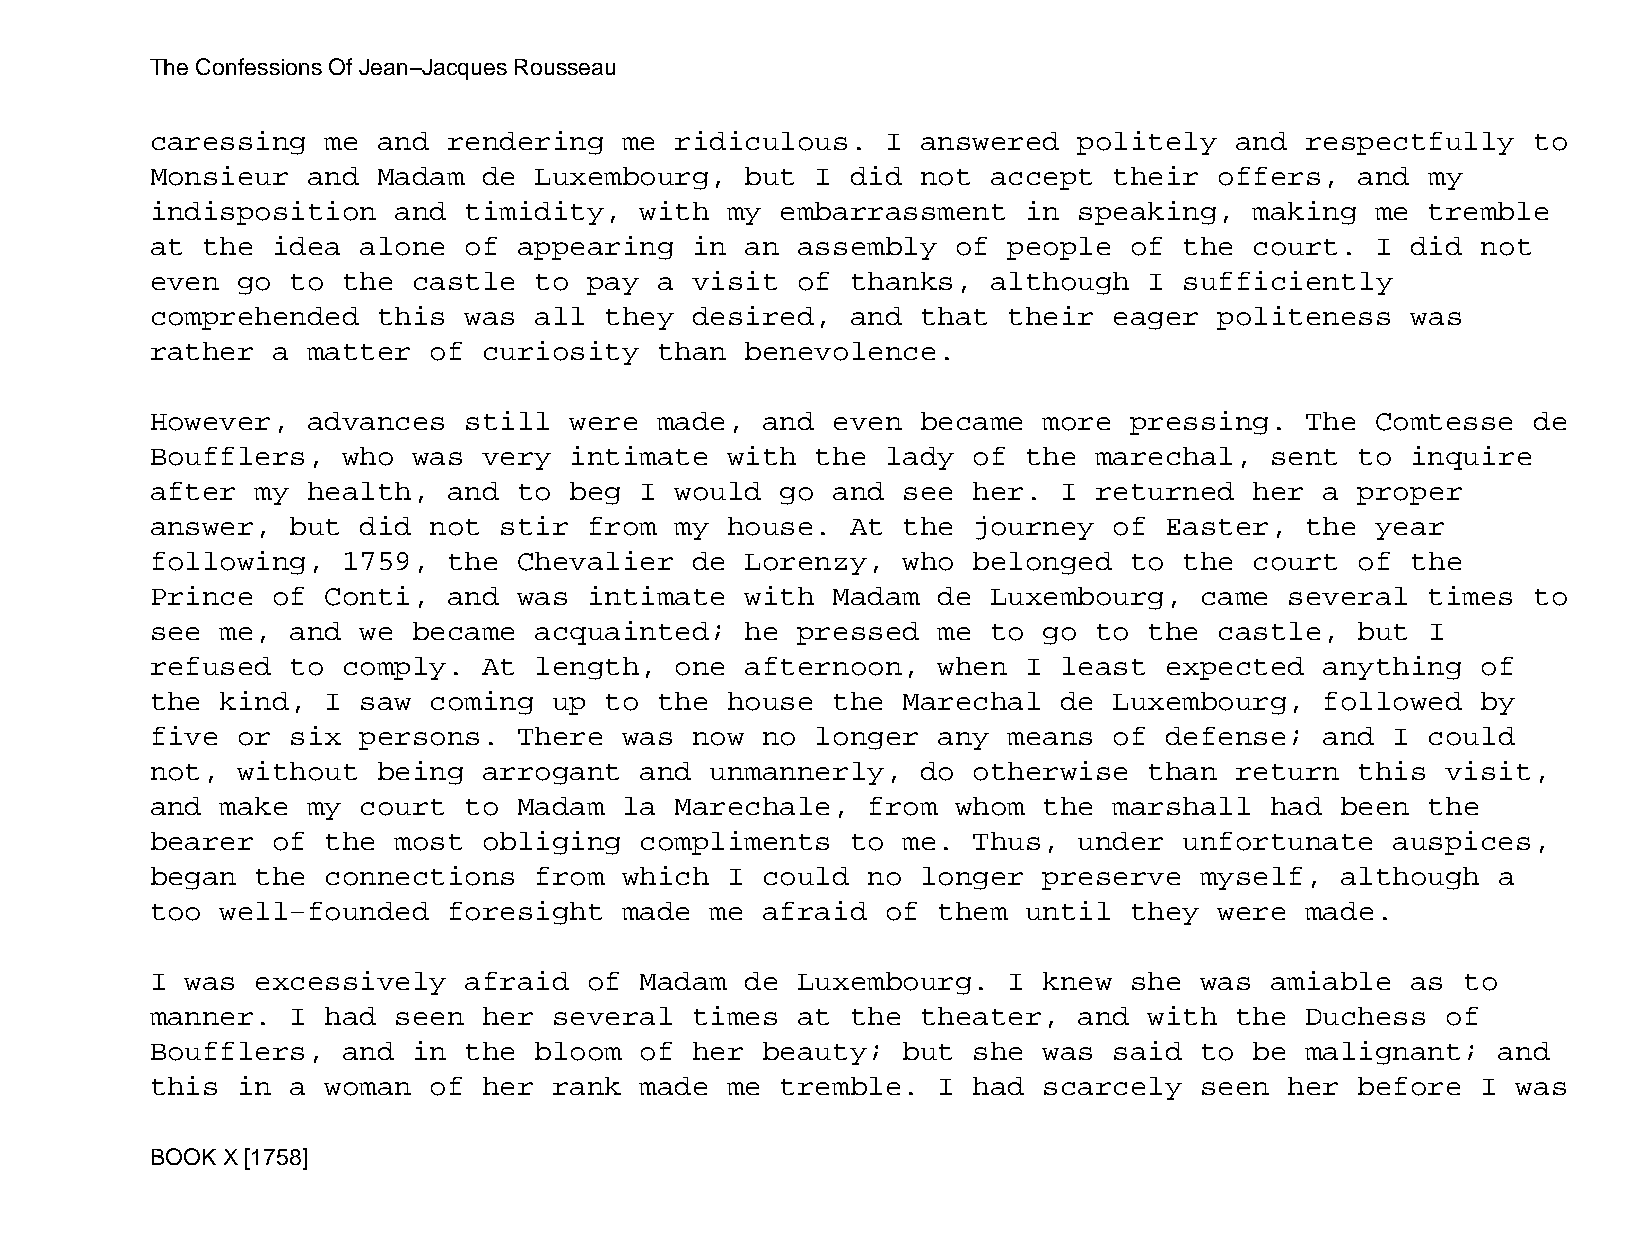
The Confessions Of Jean−Jacques Rousseau
 caressing   me and  rendering  me  ridiculous.   I answered  politely   and respectfully   to
 Monsieur  and  Madam  de Luxembourg,   but  I did  not  accept  their  offers,  and  my
 indisposition   and  timidity,  with  my  embarrassment   in speaking,   making  me  tremble
 at the  idea  alone  of appearing   in an  assembly  of  people  of the  court.  I did  not
 even  go to  the castle  to  pay  a visit  of thanks,   although  I sufficiently
 comprehended   this  was all  they  desired,  and  that  their  eager  politeness  was
 rather  a matter  of  curiosity   than benevolence.
 However,  advances   still  were  made, and  even  became  more  pressing.  The  Comtesse  de
 Boufflers,   who was  very  intimate  with  the  lady of  the marechal,   sent  to inquire
 after  my health,   and to  beg I  would  go and  see her.  I returned   her  a proper
 answer,  but  did not  stir  from  my house.  At  the journey   of Easter,  the  year
 following,   1759,  the Chevalier   de Lorenzy,   who belonged   to the  court  of the
 Prince  of  Conti,  and was  intimate  with  Madam  de  Luxembourg,  came  several   times to
 see  me, and  we became  acquainted;   he  pressed  me  to go to  the  castle,  but  I
 refused  to  comply.  At length,   one afternoon,   when  I least  expected   anything  of
 the  kind,  I saw coming   up to  the house  the  Marechal  de  Luxembourg,   followed  by
 five  or six  persons.  There  was  now no  longer  any  means  of defense;   and I  could
 not,  without  being  arrogant  and  unmannerly,   do otherwise   than  return  this  visit,
 and  make my  court  to Madam  la  Marechale,  from  whom  the  marshall  had  been  the
 bearer  of  the most  obliging  compliments   to  me. Thus,  under  unfortunate   auspices,
 began  the  connections  from  which  I could  no  longer  preserve  myself,   although  a
 too  well−founded   foresight  made  me afraid   of them  until  they  were made.
 I was  excessively   afraid  of Madam  de  Luxembourg.   I knew  she was  amiable  as  to
 manner.  I  had seen  her  several  times  at the  theater,  and  with  the Duchess   of
 Boufflers,   and in  the bloom  of  her beauty;   but she  was  said to  be malignant;   and
 this  in a  woman of  her  rank made  me  tremble.  I had  scarcely  seen  her  before  I was
 BOOK X [1758]